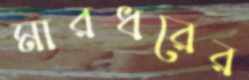
মারধরের